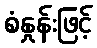
စံနှုန်းဖြင့်